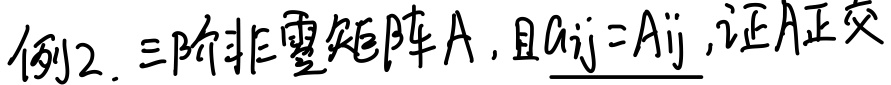
例2. 三阶非零矩阵A ，且\(a_{ij}=A_{ij}\)，证A正交